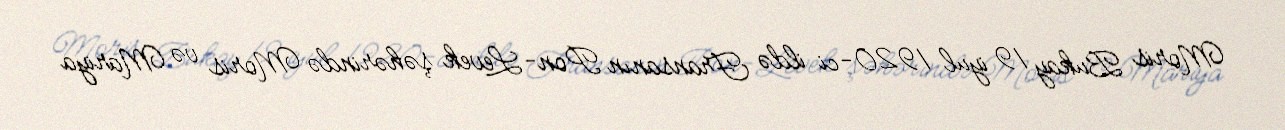
Moris Bukay 19 iyul 1920-ci ildə Fransanın Pon-Levek şəhərində Moris və Mariya